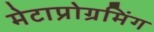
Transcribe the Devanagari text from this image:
मेटाप्रोग्रमिंग